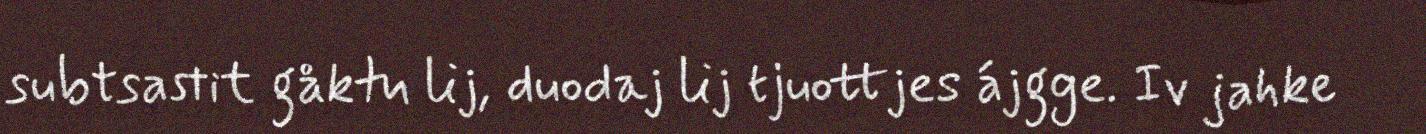
subtsastit gåktu lij, duodaj lij tjuottjes ájgge. Iv jahke